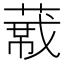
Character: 𬝼